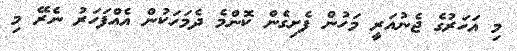
މި އަހަރުގެ ޖެނުއަރީ މަހުން ފެށިގެން ކޮންމެ ދެމަހަކުން އެއްފަހަރު ނެރޭ މި